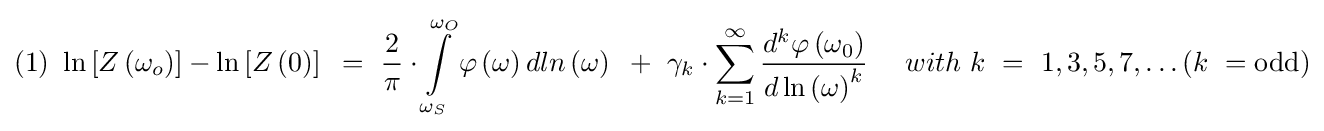
(1){\text{ }}\ln \left[Z\left(\omega _{o}\right)\right]-\ln \left[Z\left(0\right)\right]{\text{ }}={\text{ }}{\frac {2}{\pi }}\cdot \int \limits _{\omega _{S}}^{\omega _{O}}\varphi \left(\omega \right)dln\left(\omega \right){\text{ }}+{\text{ }}\gamma _{k}\cdot \sum _{k=1}^{\infty }{\frac {d^{k}\varphi \left(\omega _{0}\right)}{d\ln {\left(\omega \right)}^{k}}}{\text{ }}{\text{ }}{\text{ }}{\text{ }}with{\text{ }}k{\text{ }}={\text{ }}1,3,5,7,\ldots (k{\text{ }}={\text{odd}})